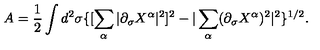
A = \frac { 1 } { 2 } \int d ^ { 2 } \sigma \{ [ \sum _ { \alpha } | \partial _ { \sigma } X ^ { \alpha } | ^ { 2 } ] ^ { 2 } - | \sum _ { \alpha } ( \partial _ { \sigma } X ^ { \alpha } ) ^ { 2 } | ^ { 2 } \} ^ { 1 / 2 } .